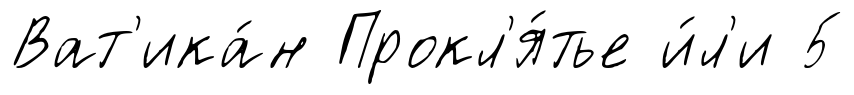
Ват'ика́н Прокл'я́тье и́л'и 5